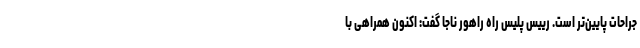
جراحات پایین‌تر است. رییس پلیس راه راهور ناجا گفت: اکنون همراهی با